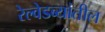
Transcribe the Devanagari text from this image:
रेल्वेडब्यांतील